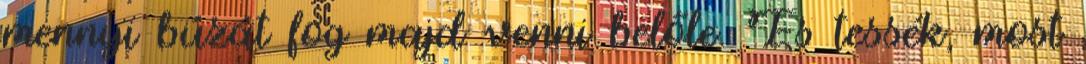
mennyi búzát fog majd venni belőle. És tessék, most